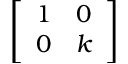
\left[ \begin{array} { l l } { 1 } & { 0 } \\ { 0 } & { k } \end{array} \right]